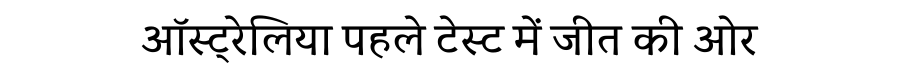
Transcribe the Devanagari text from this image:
ऑस्ट्रेलिया पहले टेस्ट में जीत की ओर